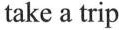
take a trip